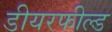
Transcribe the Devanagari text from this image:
डीयरफील्ड